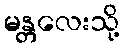
မန္တလေးသို့